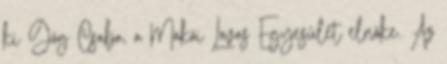
ki Góg Csaba, a Makói Lovas Egyesület elnöke. Az